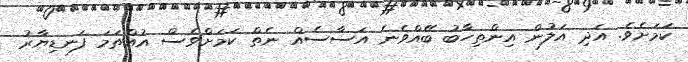
ކަމަށެވެ. އަދި އަލުން އިންތިހާބު ބޭއްވެނެ އަސާސެއް ނެތް ކަމަށްވެސް އުއްތަމަ ފަނޑިޔާރު